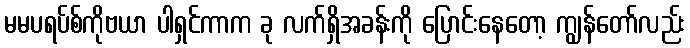
မမပရပ်စ်ကိုဗယာ ပါရှင်ကာက ခု လက်ရှိအခန်းကို ပြောင်းနေတော့ ကျွန်တော်လည်း